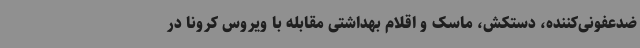
ضدعفونی‌کننده، دستکش، ماسک و اقلام بهداشتی مقابله با ویروس کرونا در